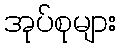
အုပ်စုများ